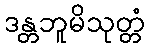
ဒန္တဘူမိသုတ္တံ